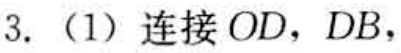
3.（1）连接 \(OD\)，\(DB\)，